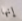
إنها